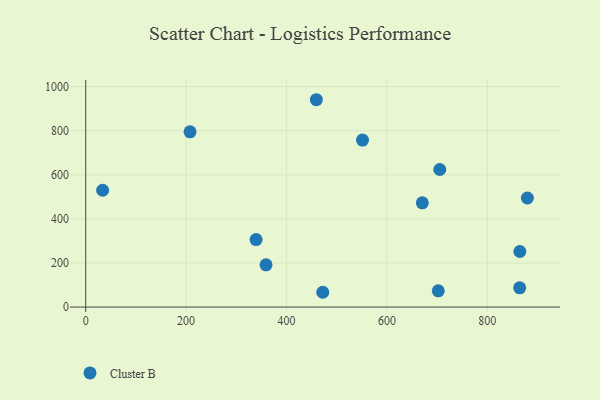
{"axis": {"x": "Study Hours", "y": "Exam Score"}, "legend": ["Cluster B"], "data": [{"x": "864.8", "y": 252.1, "type": "Cluster B"}, {"x": "33.7", "y": 529.8, "type": "Cluster B"}, {"x": "702.3", "y": 73.5, "type": "Cluster B"}, {"x": "670.5", "y": 472.8, "type": "Cluster B"}, {"x": "864.5", "y": 87.3, "type": "Cluster B"}, {"x": "359.2", "y": 191.5, "type": "Cluster B"}, {"x": "459.4", "y": 940.4, "type": "Cluster B"}, {"x": "472.2", "y": 67.1, "type": "Cluster B"}, {"x": "705.3", "y": 624.0, "type": "Cluster B"}, {"x": "207.8", "y": 794.6, "type": "Cluster B"}, {"x": "551.4", "y": 757.2, "type": "Cluster B"}, {"x": "339.4", "y": 305.9, "type": "Cluster B"}, {"x": "879.8", "y": 494.6, "type": "Cluster B"}]}